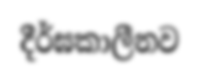
දීර්ඝකාලීනව